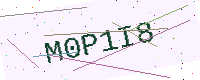
Text: M0P1I8